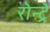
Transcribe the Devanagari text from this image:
रोन्ट्रे